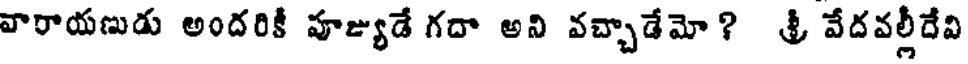
వారాయణుడు అందరికీ పూజ్యుడే గదా అని వచ్చాడేమో? శ్రీ వేదవల్లీదేవి